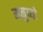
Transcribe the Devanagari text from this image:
मनुष्‍यो